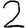
Digit: 2